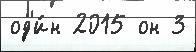
од'и́н 2015 он 3